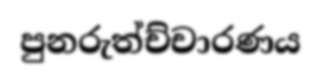
පුනරුත්ච්චාරණය